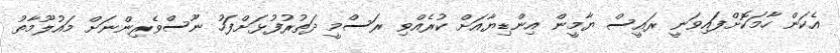
އެކަން ހާމަކޮށްފައިވަނީ ރައީސް ޔާމީން އިންޑިޔާއަށް ކުރެއްވި ރަސްމީ ދަތުރުފުޅަށްފަހު ނޫސްވެރިންނަށް މައުލޫމާތު